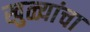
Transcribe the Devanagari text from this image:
खुळ्यांचा